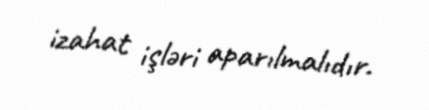
izahat işləri aparılmalıdır.